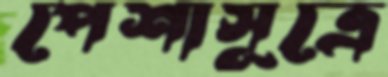
পেশাসূত্রে